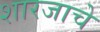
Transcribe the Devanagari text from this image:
शारजाचे